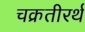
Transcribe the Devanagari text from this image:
चक्रतीरर्थ